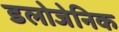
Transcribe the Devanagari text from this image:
डलोजेनिक